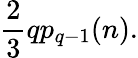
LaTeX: \frac{2}{3}qp_{q-1}(n).